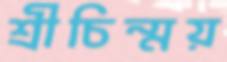
শ্রীচিন্ময়